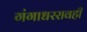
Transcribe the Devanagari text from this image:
गंगाधररावही